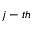
j - t h